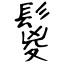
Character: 鬉